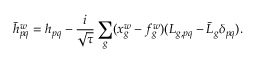
\bar { h } _ { p q } ^ { w } = h _ { p q } - \frac { i } { \sqrt { \tau } } \sum _ { g } ( x _ { g } ^ { w } - f _ { g } ^ { w } ) ( L _ { g , p q } - \bar { L } _ { g } \delta _ { p q } ) .